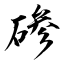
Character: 碜